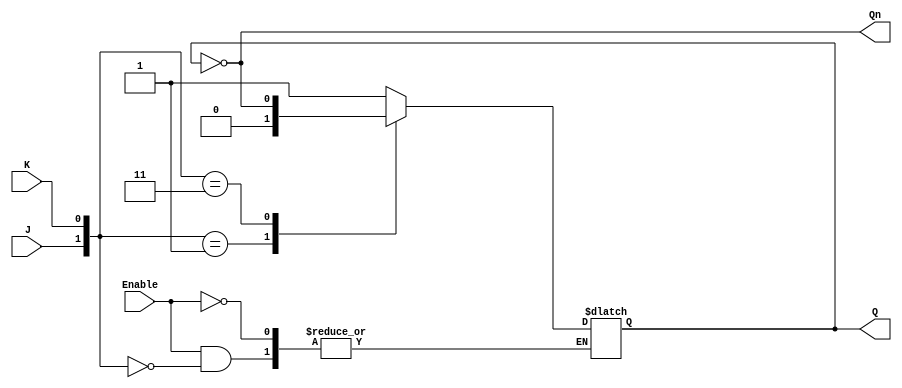
module gated_jk_latch (
    input wire J,         // Set input
    input wire K,         // Reset input
    input wire Enable,    // Control signal
    output reg Q,         // Current state output
    output wire Qn        // Inverted output
);

    assign Qn = ~Q;       // Inverted output

    always @(Enable or J or K) begin
        if (Enable) begin
            case ({J, K})
                2'b10: Q <= 1'b1;     // J = 1, K = 0: Set Q to 1
                2'b01: Q <= 1'b0;     // J = 0, K = 1: Reset Q to 0
                2'b11: Q <= ~Q;       // J = 1, K = 1: Toggle Q
                2'b00: Q <= Q;        // J = 0, K = 0: Hold previous state
            endcase
        end
        // When Enable is low, Q retains its previous state
    end

endmodule